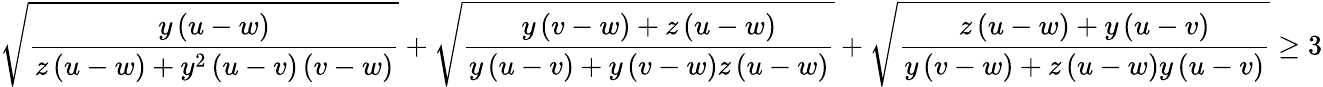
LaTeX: \sqrt{\frac{y\left(u-w\right)}{z\left(u-w\right)+y^{2}\left(u-v\right)\left(v-w\right)}}+\sqrt{\frac{y\left(v-w\right)+z\left(u-w\right)}{y\left(u-v\right)+y\left(v-w\right)z\left(u-w\right)}}+\sqrt{\frac{z\left(u-w\right)+y\left(u-v\right)}{y\left(v-w\right)+z\left(u-w\right)y\left(u-v\right)}}\ge 3